Plague in India, 1896, 1897 - Volume 3
Year: 1896
Disease focus: Plague
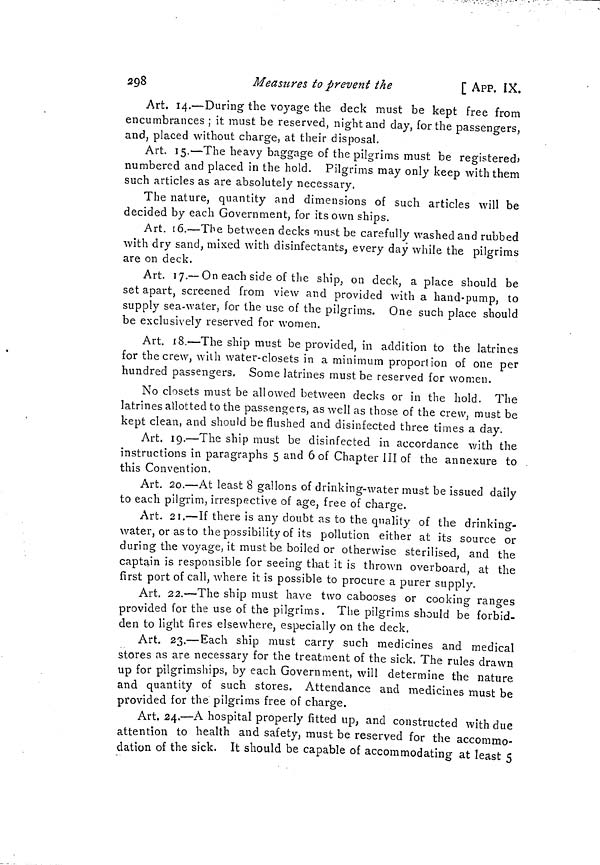
298
Measures to prevent the
[ APP. IX.
Art. 14.—During the voyage the deck must be kept free from
encumbrances ; it must be reserved, night and day, for the passengers,
and, placed without charge, at their disposal.
Art. 15.—The heavy baggage of the pilgrims must be registered,
numbered and placed in the hold. Pilgrims may only keep with them
such articles as are absolutely necessary.
The nature, quantity and dimensions of such articles will be
decided by each Government, for its own ships.
Art. 16.—The between decks must be carefully washed and rubbed
with dry sand, mixed with disinfectants, every day while the pilgrims
are on deck.
Art. 17.— On each side of the ship, on deck, a place should be
set apart, screened from view and provided with a hand-pump, to
supply sea-water, for the use of the pilgrims. One such place should
be exclusively reserved for women.
Art. 18.—The ship must be provided, in addition to the latrines
for the crew, with water-closets in a minimum proportion of one per
hundred passengers. Some latrines must be reserved for women.
No closets must be allowed between decks or in the hold. The
latrines allotted to the passengers, as well as those of the crew, must be
kept clean, and should be flushed and disinfected three times a day.
Art. 19.—The ship must be disinfected in accordance with the
instructions in paragraphs 5 and 6 of Chapter III of the annexure to
this Convention.
Art. 20.—At least 8 gallons of drinking-water must be issued daily
to each pilgrim, irrespective of age, free of charge.
Art. 21.— If there is any doubt as to the quality of the drinking-
water, or as to the possibility of its pollution either at its source or
during the voyage, it must be boiled or otherwise sterilised, and the
captain is responsible for seeing that it is thrown overboard, at the
first port of call, where it is possible to procure a purer supply.
Art. 22.—The ship must have two cabooses or cooking ranges
provided for the use of the pilgrims. The pilgrims should be forbid-
den to light fires elsewhere, especially on the deck.
Art. 23.—Each ship must carry such medicines and medical
stores as are necessary for the treatment of the sick. The rules drawn
up for pilgrimships, by each Government, will determine the nature
and quantity of such stores. Attendance and medicines must be
provided for the pilgrims free of charge.
Art. 24.—A hospital properly fitted up, and constructed with due
attention to health and safety, must be reserved for the accommo-
dation of the sick. It should be capable of accommodating at least 5